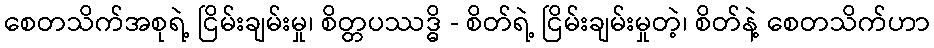
စေတသိက်အစုရဲ့ ငြိမ်းချမ်းမှု၊ စိတ္တပဿဒ္ဓိ - စိတ်ရဲ့ ငြိမ်းချမ်းမှုတဲ့၊ စိတ်နဲ့ စေတသိက်ဟာ